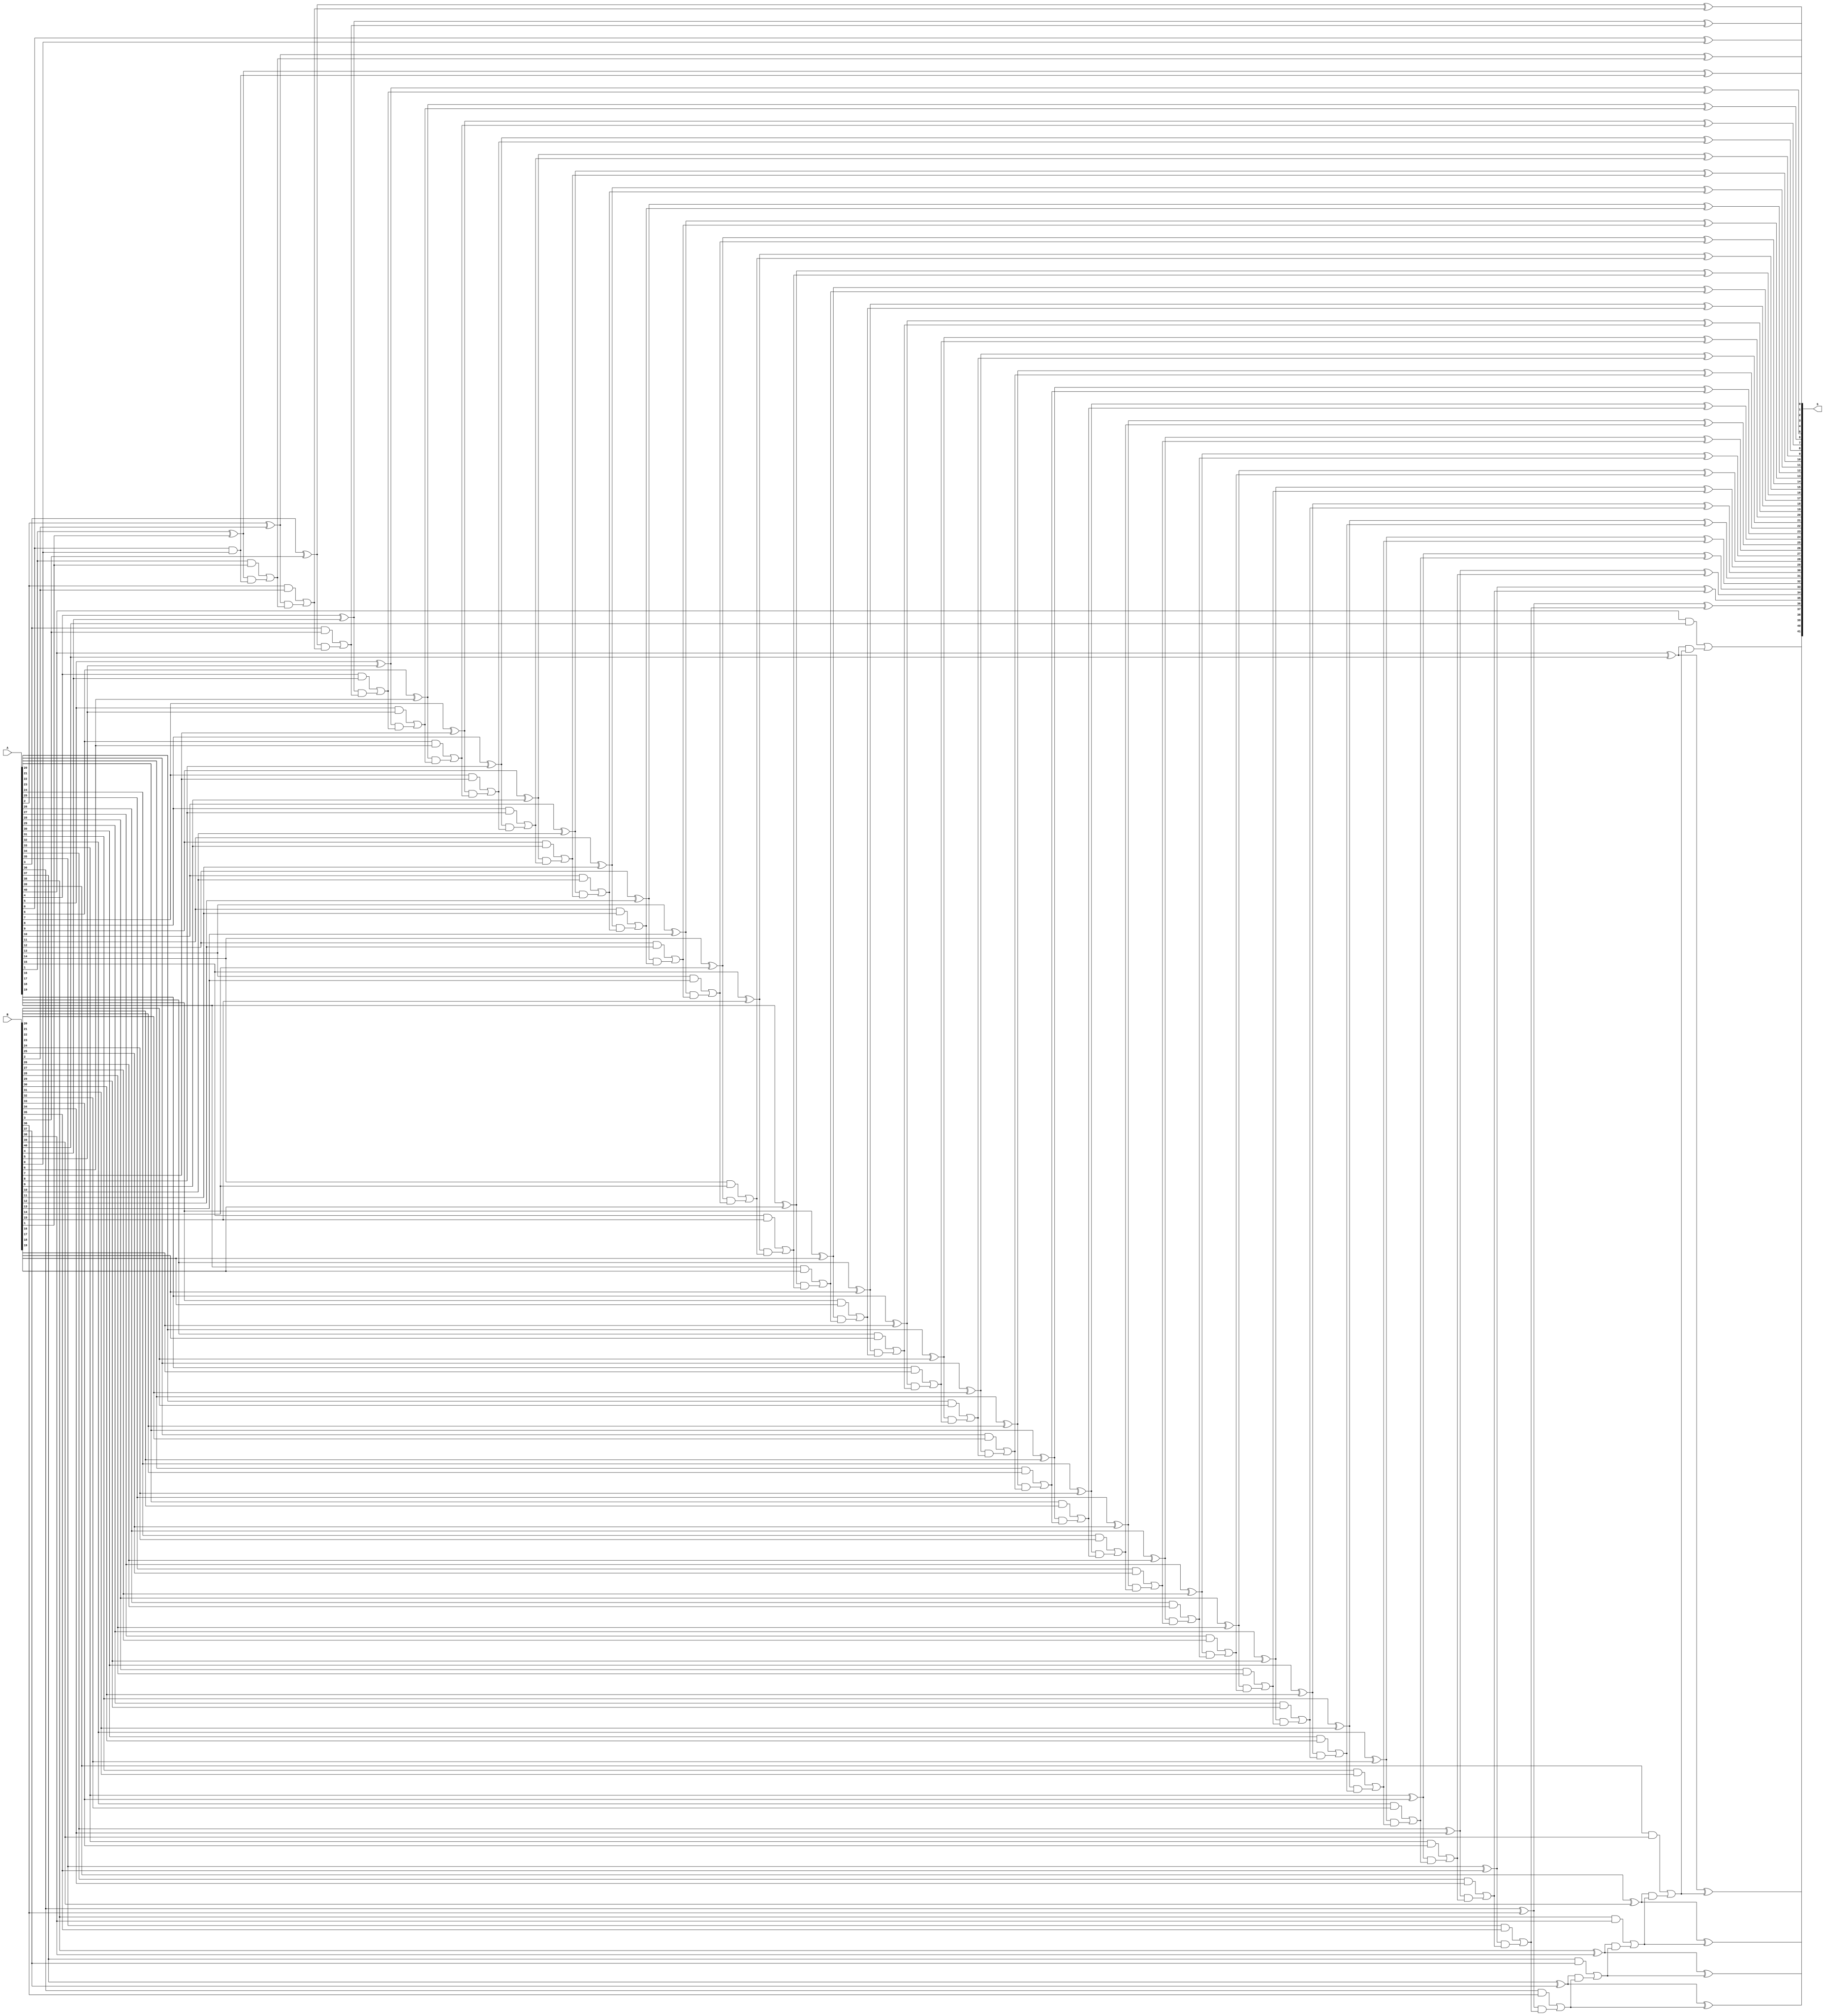
module cla41(S,A,B);

parameter WIDTH=41;
input      [WIDTH-1:0]A,B;
output reg [WIDTH:0]S;
reg [WIDTH:0] C;
reg [WIDTH-1:0] G,P;
integer ii;
 
always @* begin
  C[0] = 1'b0;
  for(ii=0;ii<WIDTH;ii=ii+1) 
  begin
    G[ii] = A[ii] & B[ii];
    P[ii] = A[ii] ^ B[ii];
    C[ii+1] = G[ii] | (P[ii]&C[ii]);
    S[ii] = P[ii] ^ C[ii];
  end
  S[WIDTH] = C[WIDTH];
end
endmodule